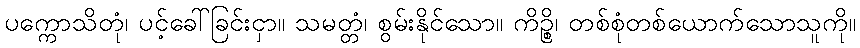
ပက္ကောသိတုံ၊ ပင့်ခေါ်ခြင်းငှာ။ သမတ္တံ၊ စွမ်းနိုင်သော။ ကိဉ္စိ၊ တစ်စုံတစ်ယောက်သောသူကို။